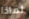
لماذا